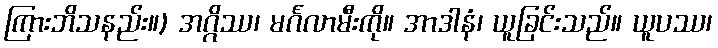
ကြားဘိသနည်း။) အဂ္ဂိဿ၊ မင်္ဂလာမီးကို။ အာဒါနံ၊ ယူခြင်းသည်။ ယူပဿ၊